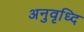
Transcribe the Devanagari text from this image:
अनुवृध्दि